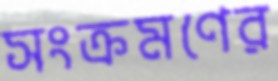
সংক্রমণের